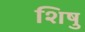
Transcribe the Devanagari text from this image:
शिषु